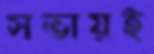
সভায়ই